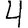
Digit: 4